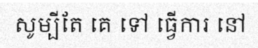
សូម្បីតែ គេ ទៅ ធ្វើការ នៅ